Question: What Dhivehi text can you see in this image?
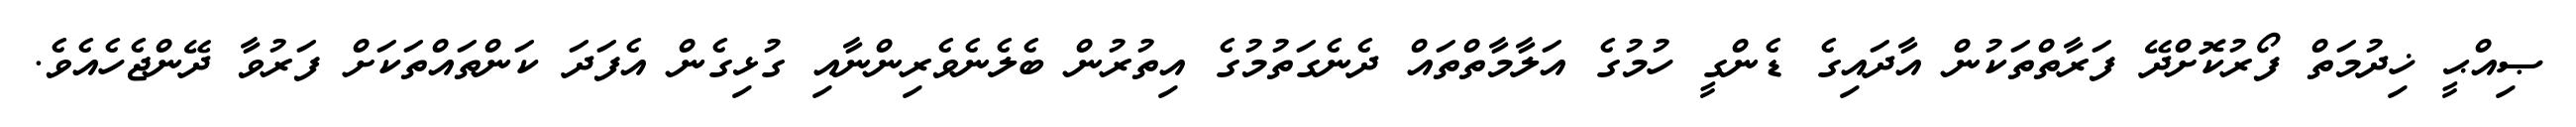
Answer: ޞިއްޙީ ޚިދުމަތް ފޯރުކޮށްދޭ ފަރާތްތަކުން އާދައިގެ ޑެންގީ ހުމުގެ އަލާމާތްތައް ދެނެގަތުމުގެ އިތުރުން ބެލެނެވެރިންނާއި ގުޅިގެން އެފަދަ ކަންތައްތަކަށް ފަރުވާ ދޭންޖެހެއެވެ.